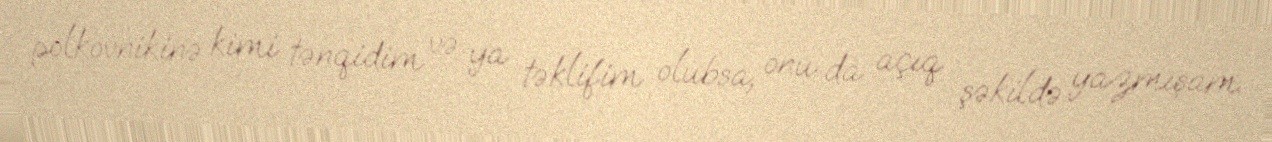
polkovnikinə kimi tənqidim və ya təklifim olubsa, onu da açıq şəkildə yazmışam.